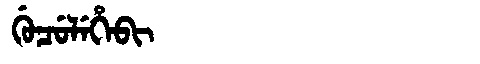
Manchu: ᡤᡠᠴᡠᠯᡝᡥᡝᠪᡳ
Romanization: GUCULEHEBI